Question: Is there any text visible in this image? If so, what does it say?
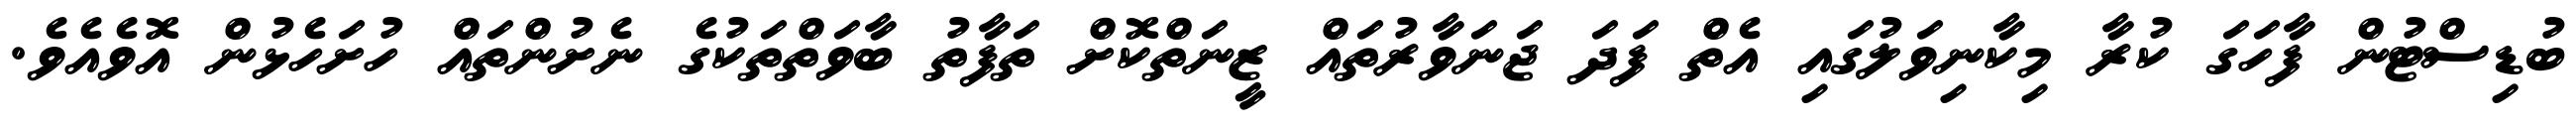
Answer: ބުޑިސްޓުން ފާހަގަ ކުރާ މިކާނިވަލުގައި އެތް ފަދަ ޖަނަވާރުތައް ޒީނަތްކޮށް ތަފާތު ބާވަތްތަކުގެ ނެށުންތައް ހުށަހެޅުން އޮވެއެވެ.